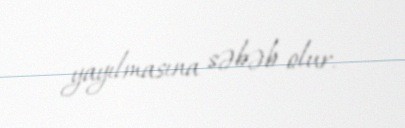
yayılmasına səbəb olur.